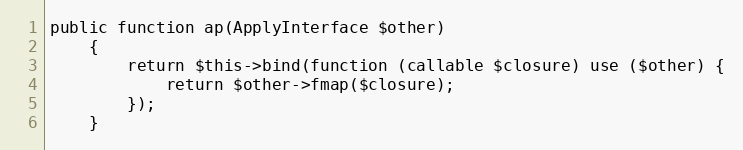
Language: PHP
public function ap(ApplyInterface $other)
    {
        return $this->bind(function (callable $closure) use ($other) {
            return $other->fmap($closure);
        });
    }